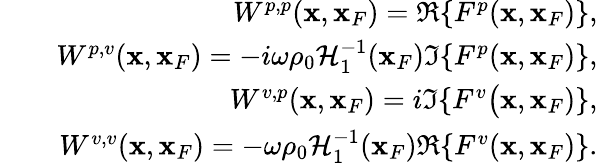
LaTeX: \begin{array}{rlr}&{}&{W^{p,p}({\mathbf x},{\mathbf x}_{F})=\Re\{ F^{p}({\mathbf x},{\mathbf x}_{F})\} ,}\\ &{}&{W^{p,v}({\mathbf x},{\mathbf x}_{F})=-i\omega\rho_{0}{\cal H}_{1}^{-1}({\mathbf x}_{F})\Im\{ F^{p}({\mathbf x},{\mathbf x}_{F})\} ,}\\ &{}&{W^{v,p}({\mathbf x},{\mathbf x}_{F})=i\Im\{ F^{v}\bigr({\mathbf x},{\mathbf x}_{F})\} ,}\\ &{}&{W^{v,v}({\mathbf x},{\mathbf x}_{F})=-\omega\rho_{0}{\cal H}_{1}^{-1}({\mathbf x}_{F})\Re\{ F^{v}({\mathbf x},{\mathbf x}_{F})\} .}\end{array}